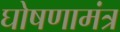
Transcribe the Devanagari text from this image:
घोषणामंत्र